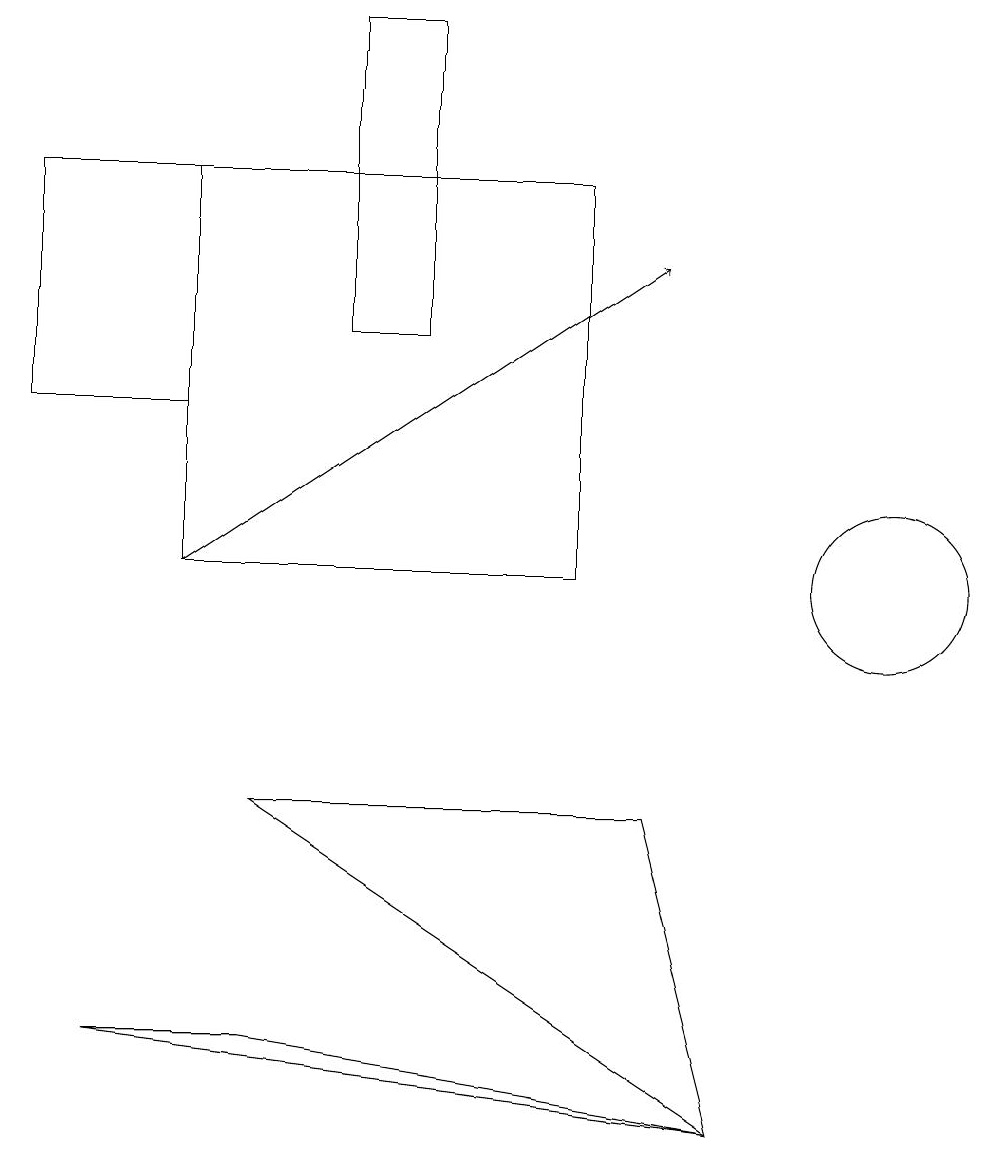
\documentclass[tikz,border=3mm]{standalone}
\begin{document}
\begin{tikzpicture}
\draw (5,18) rectangle (4,14);
\draw (3,5) -- (1,5) -- (9,4) -- cycle;
\draw (0,13) rectangle (2,16);
\draw (10,10) circle (0);
\draw[->] (2,11) -- (8,15);
\draw (2,16) rectangle (7,11);
\draw (11,11) circle (1);
\draw (9,4) -- (8,8) -- (3,8) -- cycle;
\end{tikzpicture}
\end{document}